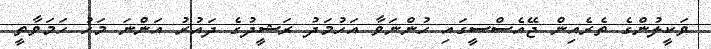
ވަކީލުންގެ ތެރެއިން ޖޭއެސްސީގައި ހުންނަވާ އަހުމަދު ރަޝީދުގެ ދައުރު އަންނަ މަހު ހަމަވާތީ